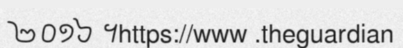
២០១៦ ។https://www .theguardian